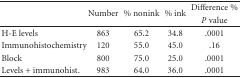
|  | <ROWSPAN=2> Number | <ROWSPAN=2> % nonink | <ROWSPAN=2> % ink | Difference % |
 |  | P value |
 | --- | --- | --- | --- | --- |
 | H-E levels | 863 | 65.2 | 34.8 | .0001 |
 | Immunohistochemistry | 120 | 55.0 | 45.0 | .16 |
 | Block | 800 | 75.0 | 25.0 | .0001 |
 | Levels + immunohist. | 983 | 64.0 | 36.0 | .0001 |